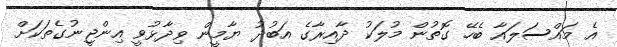
އެ މައްސަލައާ ބެހޭ ގޮތުން މުލަކު ދާއިރާގެ އަބުދު ޔާމީން ވިދާޅުވީ އިންޖީނުގެތަކަށް